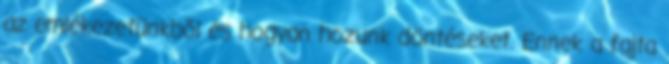
az emlékezetünkből és hogyan hozunk döntéseket. Ennek a fajta